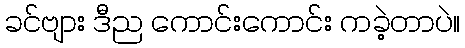
ခင်ဗျား ဒီည ကောင်းကောင်း ကခဲ့တာပဲ။